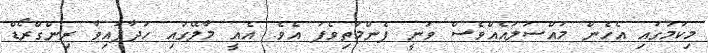
މިކަމުގައި އެހެން މައްސަލައެއްވެސް ވަނީ ފެންމަތިވެފަ އެވެ. އެއީ މާލޭގައި ހަދާފައިވާ ރިންގްރޯޑް